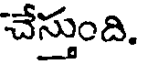
చేస్తుంది.